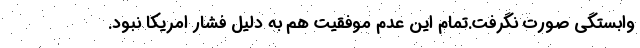
وابستگي صورت نگرفت.تمام اين عدم موفقيت هم به دليل فشار امريكا نبود.